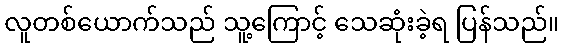
လူတစ်ယောက်သည် သူ့ကြောင့် သေဆုံးခဲ့ရ ပြန်သည်။